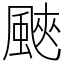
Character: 䬊